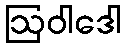
ဩဝါဒေါ